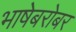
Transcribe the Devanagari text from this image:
भाषेबरोबर